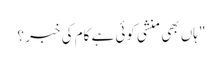
" ہاں بھی منشی کوئی ہے کام کی خبر ؟